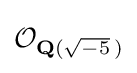
{\mathcal {O}}_{\mathbf {Q} ({\sqrt {-5}}\,)}